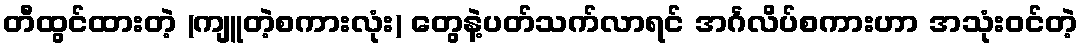
တီထွင်ထားတဲ့ (ကျူတဲ့စကားလုံး) တွေနဲ့ပတ်သက်လာရင် အင်္ဂလိပ်စကားဟာ အသုံးဝင်တဲ့